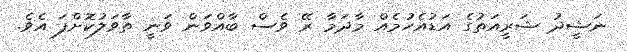
ނަޝީދު ޝަރީއަތުގެ އަޑުއެހުމެއް މާދަމާ ރޭ ވެސް ބާއްވަން ވަނީ ތާވަލުކޮށްފަ އެވެ.